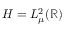
H = L _ { \mu } ^ { 2 } ( \mathbb { R } )